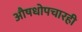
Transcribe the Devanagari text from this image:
औषधोपचारही